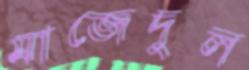
মাজেদুল